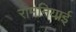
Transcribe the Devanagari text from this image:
रोमनियाई